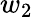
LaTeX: w_{2}